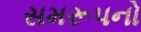
સમરૂપનો